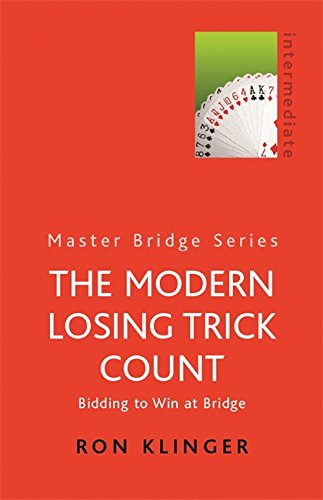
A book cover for The Modern Losing Trick Count: Bidding to Win at Bridge (Master Bridge Series); Ron Klinger; Humor & Entertainment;